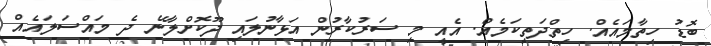
ބޮޑު ހިތާމައެއް. ހިތްދަތިކަމެއް. އެއީ މި ސަރުކާރުން އަޅާނުލައި ދޫކޮށްލާނޭ ދެ މައްސަލައެއް